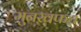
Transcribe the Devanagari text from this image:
मुनख़फ़थ़